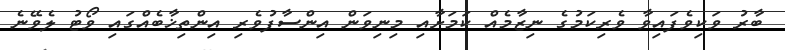
ބާރު ވަކިވެފައިވާ ވެރިކަމުގެ ނިޒާމެއް ކަމަށާއި މިނިވަން އިންސާފުވެރި އިންތިޚާބެއްގައި ވޯޓު ލެވޭނެ